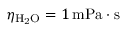
\eta _ { \mathrm { H _ { 2 } O } } = 1 \: \mathrm { m P a \cdot s }